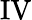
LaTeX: \mathrm{IV}